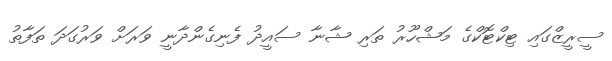
ސީރީޒްގައި ޓިކްޓޮކްގެ މަޝްހޫރު ތަރި ޝާނާ ސައީދު ފެނިގެންދާނީ ވަރަށް ވަރުގަދަ ތަފާތު